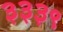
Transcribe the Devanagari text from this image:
३३३९